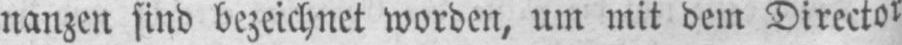
nanzen sind bezeichnet worden, um mit dem Director